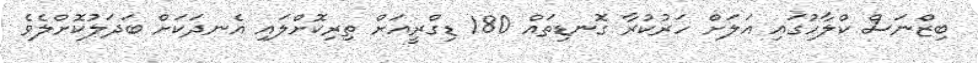
ބިޒްނަސް ކްލާހުގައި އަލަށް ހަރުކުރާ ގޮނޑިތައް 180 ޑިގްރީއަށް ތިރިކޮށްލައި އެނދަކަށް ބަދަލުކޮށްލެވެ